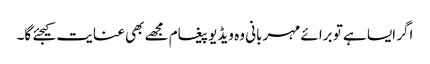
اگر ایسا ہے تو برائے مہربانی وہ ویڈیو پیغام مجھے بھی عنایت کیجئے گا۔